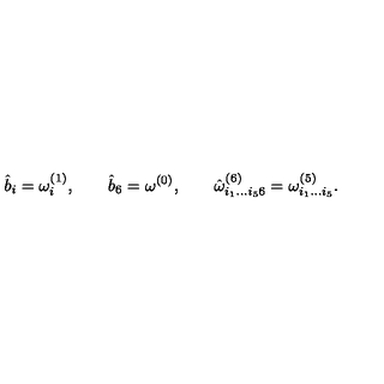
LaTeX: { \hat { b } } _ { i } = \omega _ { i } ^ { ( 1 ) } , \qquad { \hat { b } } _ { 6 } = \omega ^ { ( 0 ) } , \qquad { \hat { \omega } } _ { i _ { 1 } \dots i _ { 5 } 6 } ^ { ( 6 ) } = \omega _ { i _ { 1 } \dots i _ { 5 } } ^ { ( 5 ) } .